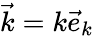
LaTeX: \vec{k}=k\vec{e}_{k}